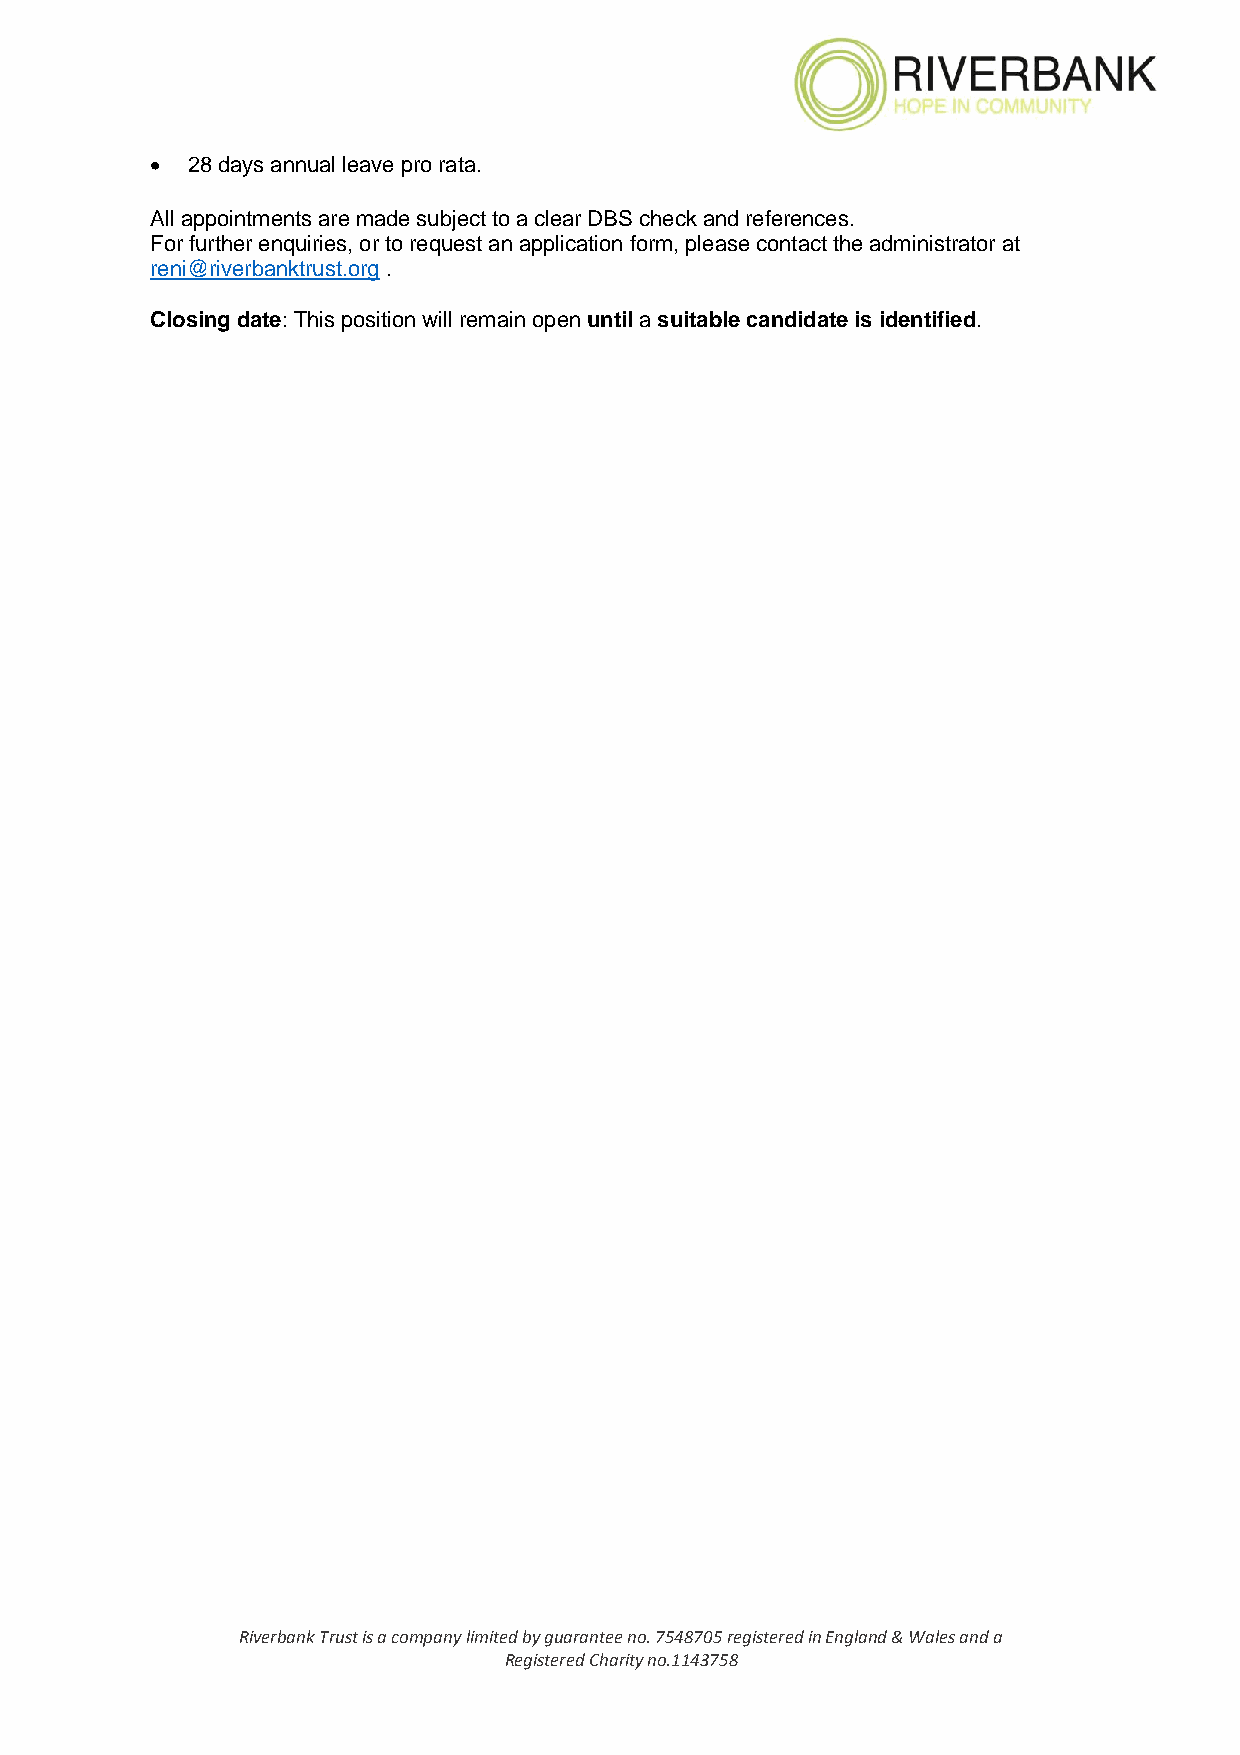
• 28 days annual leave pro rata.
 All appointments are made subject to a clear DBS check and references.
 For further enquiries, or to request an application form, please contact the administrator at
 reni@riverbanktrust.org .
 Closing date: This position will remain open until a suitable candidate is identified.
 Riverbank Trust is a company limited by guarantee no. 7548705 registered in England & Wales and a
 Registered Charity no.1143758